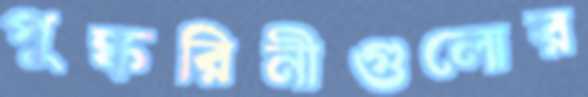
পুষ্করিনীগুলোর